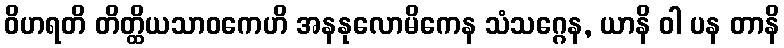
ဝိဟရတိ တိတ္ထိယသာဝကေဟိ အနနုလောမိကေန သံသဂ္ဂေန, ယာနိ ဝါ ပန တာနိ